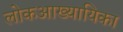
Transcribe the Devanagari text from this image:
लोकआख्यायिका